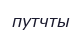
путчты